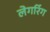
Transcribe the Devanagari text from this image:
लेगरिंग